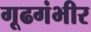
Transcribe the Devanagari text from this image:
गूढगंभीर